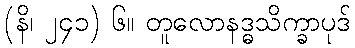
(နိ၊ ၂၄၁) ၆။ တူလောနဒ္ဓသိက္ခာပုဒ်